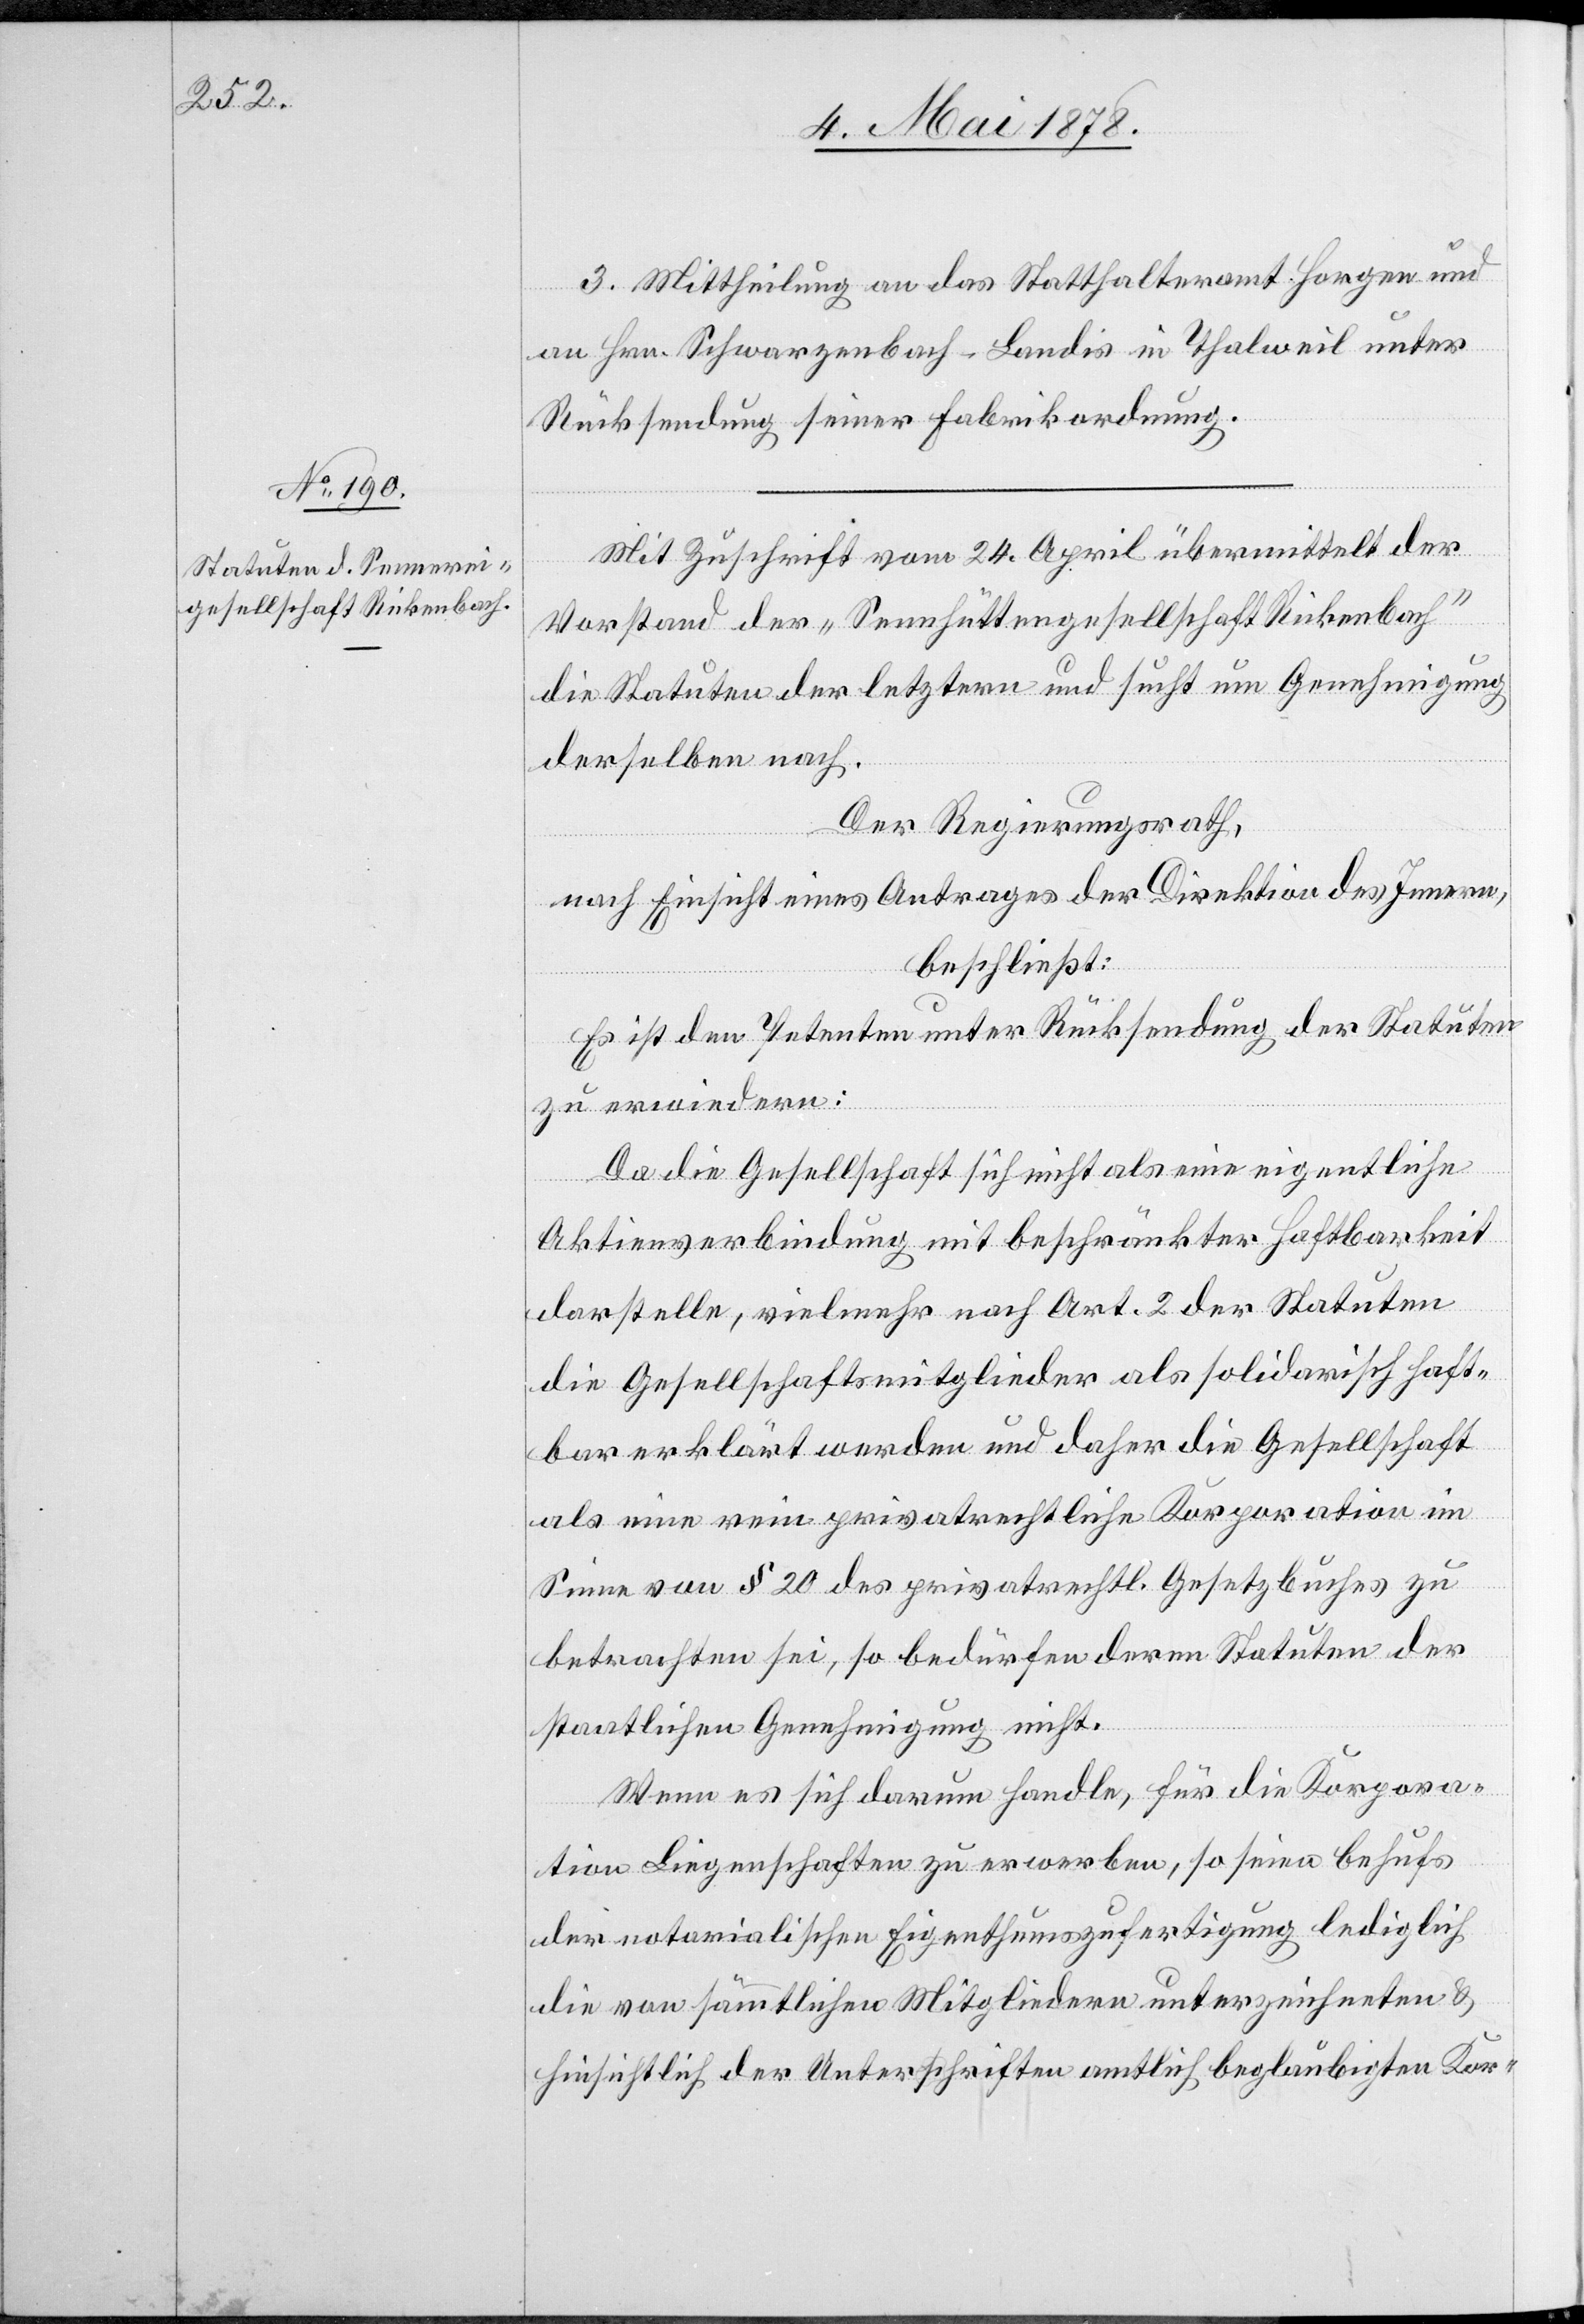
3. Mittheilung an das Statthalteramt Horgen und
an Hrn. Schwarzenbach-Landis in Thalweil unter
Rücksendung seiner Fabrikordnung.
Mit Zuschrift vom 24. April übermittelt der
Vorstand der „Sennhüttengesellschaft Rickenbach“
die Statuten der letztern und sucht um Genehmigung
derselben nach.
Der Regierungsrath,
nach Einsicht eines Antrages der Direktion des Innern,
beschließt:
Es ist den Petenten unter Rücksendung der Statuten
zu erwiedern:
Da die Gesellschaft sich nicht als eine eigentliche
Aktienverbindung mit beschränkter Haftbarkeit
darstelle, vielmehr nach Art. 2 der Statuten
die Gesellschaftsmitglieder als solidarisch haft¬
bar erklärt werden und daher die Gesellschaft
als eine rein privatrechtliche Korporation im
Sinne von § 20 des privatrechtl. Gesetzbuches zu
betrachten sei, so bedürfen deren Statuten der
staatlichen Genehmigung nicht.
Wenn es sich darum handle, für die Korpora¬
tion Liegenschaften zu erwerben, so seien behufs
der notarialischen Eigenthumszufertigung lediglich
die von sämmtlichen Mitgliedern unterzeichneten &
hinsichtlich der Unterschriften amtlich beglaubigten Kor-